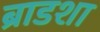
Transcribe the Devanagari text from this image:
ब्राडशा